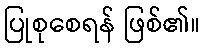
ပြုစုစေရန် ဖြစ်၏။